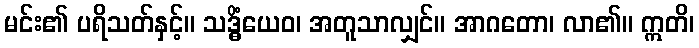
မင်း၏ ပရိသတ်နှင့်။ သဒ္ဓိံယေဝ၊ အတူသာလျှင်။ အာဂတော၊ လာ၏။ ဣတိ၊